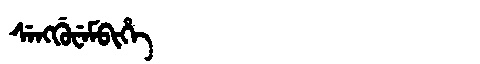
Manchu: ᠰᡝᠩᡤᡠᠸᡝᠮᠪᡳᡥᡝ
Romanization: SENGGUWEMBIHE